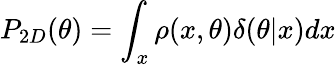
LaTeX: P_{2D}(\theta)=\int_{x}\rho(x,\theta)\delta(\theta|x)dx